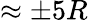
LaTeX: \approx\pm 5R